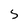
Character: S